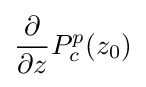
{\frac {\partial }{\partial {z}}}P_{c}^{p}(z_{0})